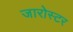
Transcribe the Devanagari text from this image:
जारोस्टर